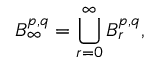
B _ { \infty } ^ { p , q } = \bigcup _ { r = 0 } ^ { \infty } B _ { r } ^ { p , q } ,